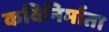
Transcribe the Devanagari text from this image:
कविनिर्माता